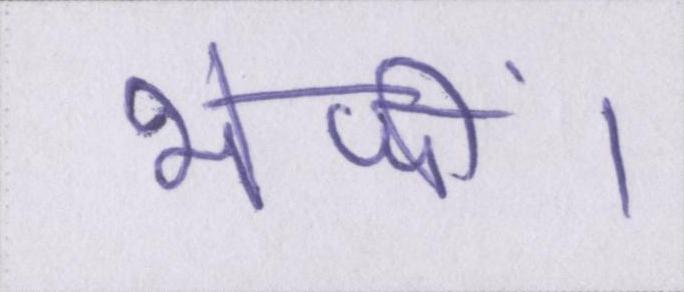
भेजीं।